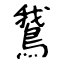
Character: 鵞